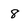
Character: 8